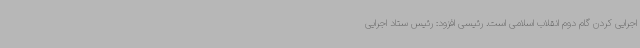
اجرایی‌ کردن گام‌ دوم انقلاب اسلامی است. رئیسی افزود: رئیس ستاد اجرایی